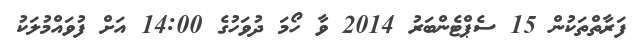
ފަރާތްތަކުން 15 ސެޕްޓެންބަރު 2014 ވާ ހޯމަ ދުވަހުގެ 14:00 އަށް ފުވައްމުލަކު